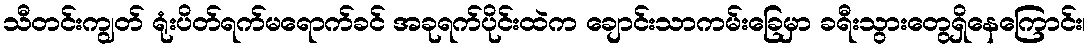
သီတင်းကျွတ် ရုံးပိတ်ရက်မရောက်ခင် အခုရက်ပိုင်းထဲက ချောင်းသာကမ်းခြေမှာ ခရီးသွားတွေရှိနေကြောင်း၊